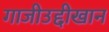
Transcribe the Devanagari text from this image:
गाजीउद्दीखान